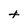
Character: t